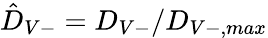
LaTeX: \hat{D}_{V-}=D_{V-}/D_{V-,max}